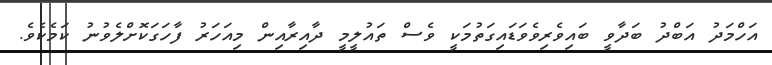
އަހްމަދު އަބްދު ބަދާވީ ބައިވެރިވެވަޑައިގަތުމަކީ ވެސް ތައުލީމީ ދާއިރާއިން މިއަހަރު ފާހަގަކޮށްލެވުނު ކަމެކެވެ.